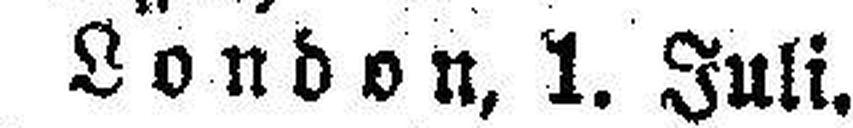
London, 1. Juli.